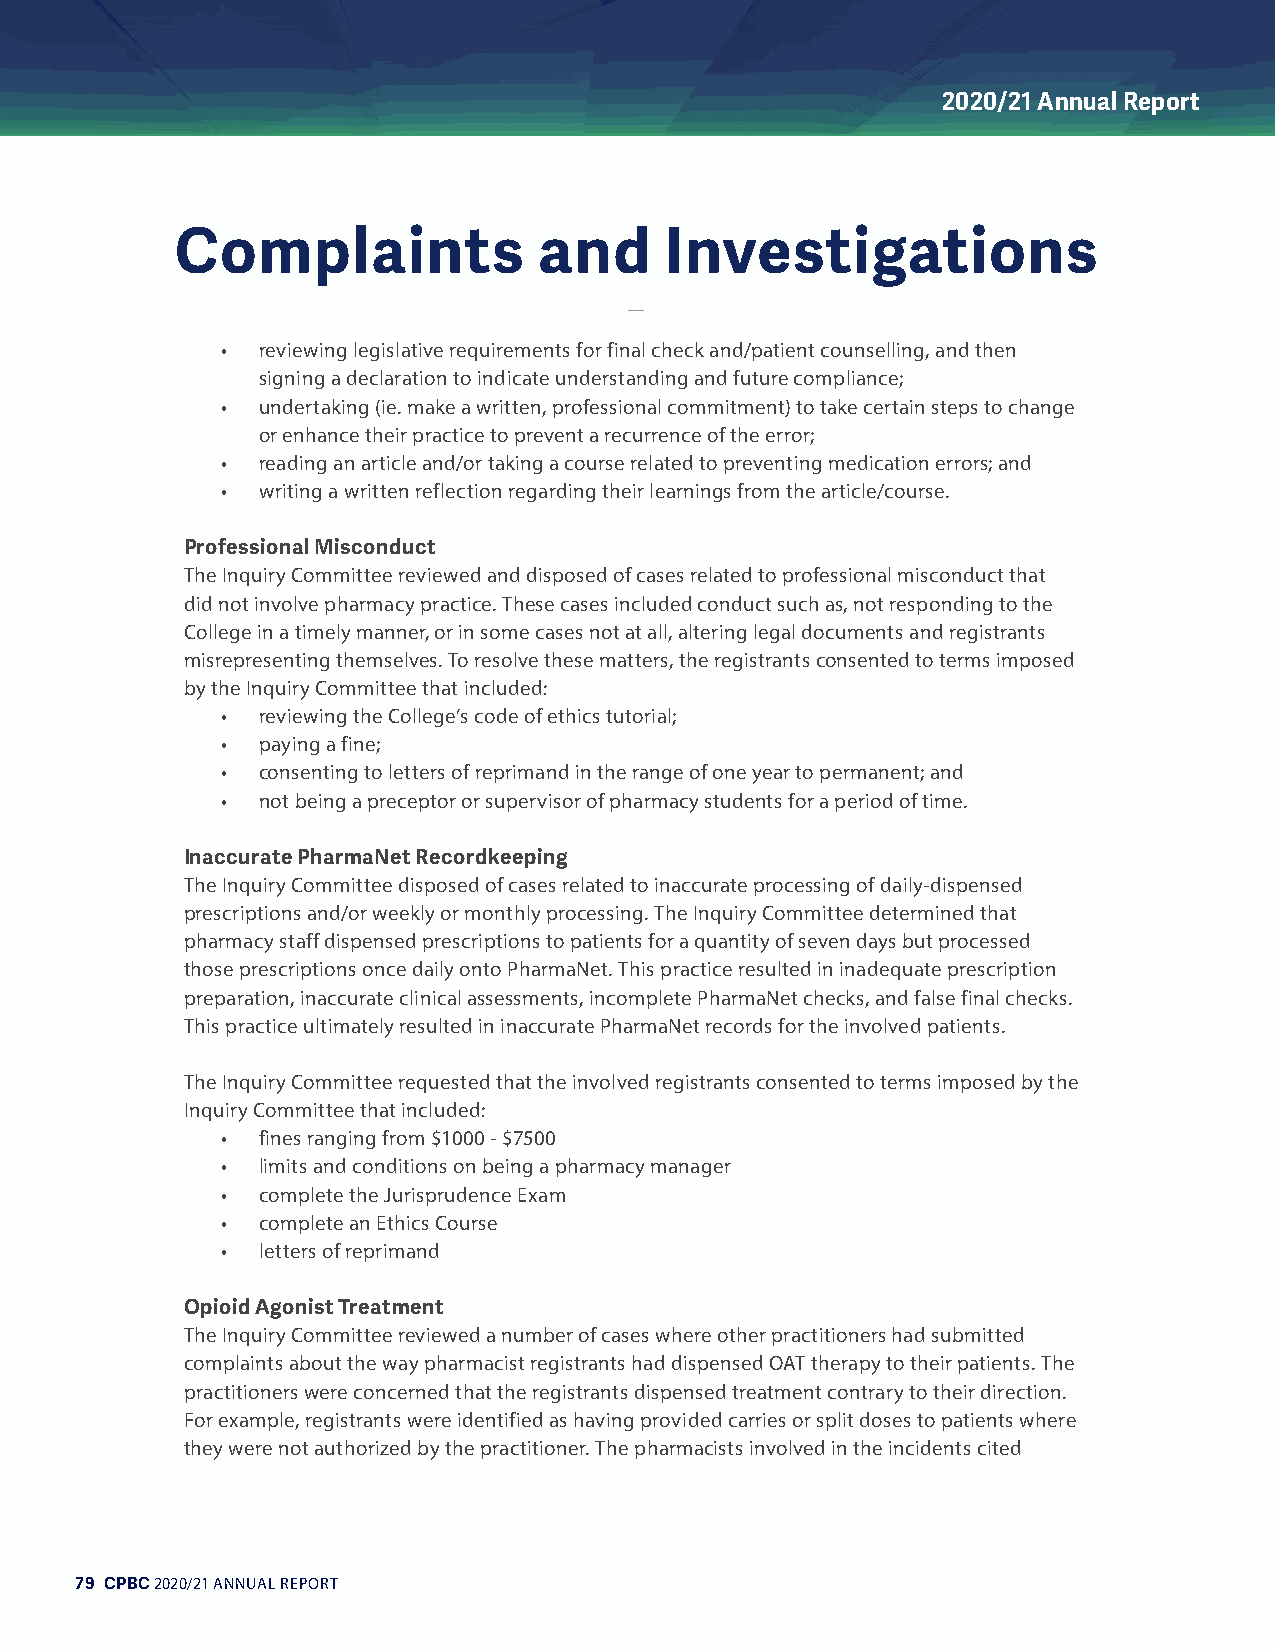
2020/21 Annual Report
 CCoommppllaaiinnttss    aanndd  IInnvveessttiiggaattiioonnss
 • reviewing legislative requirements for final check and/patient counselling, and then
 signing a declaration to indicate understanding and future compliance;
 • undertaking (ie. make a written, professional commitment) to take certain steps to change
 or enhance their practice to prevent a recurrence of the error;
 • reading an article and/or taking a course related to preventing medication errors; and
 • writing a written reflection regarding their learnings from the article/course.
 Professional Misconduct
 The Inquiry Committee reviewed and disposed of cases related to professional misconduct that
 did not involve pharmacy practice. These cases included conduct such as, not responding to the
 College in a timely manner, or in some cases not at all, altering legal documents and registrants
 misrepresenting themselves. To resolve these matters, the registrants consented to terms imposed
 by the Inquiry Committee that included:
 • reviewing the College’s code of ethics tutorial;
 • paying a fine;
 • consenting to letters of reprimand in the range of one year to permanent; and
 • not being a preceptor or supervisor of pharmacy students for a period of time.
 Inaccurate PharmaNet Recordkeeping
 The Inquiry Committee disposed of cases related to inaccurate processing of daily-dispensed
 prescriptions and/or weekly or monthly processing. The Inquiry Committee determined that
 pharmacy staff dispensed prescriptions to patients for a quantity of seven days but processed
 those prescriptions once daily onto PharmaNet. This practice resulted in inadequate prescription
 preparation, inaccurate clinical assessments, incomplete PharmaNet checks, and false final checks.
 This practice ultimately resulted in inaccurate PharmaNet records for the involved patients.
 The Inquiry Committee requested that the involved registrants consented to terms imposed by the
 Inquiry Committee that included:
 • fines ranging from $1000 - $7500
 • limits and conditions on being a pharmacy manager
 • complete the Jurisprudence Exam
 • complete an Ethics Course
 • letters of reprimand
 Opioid Agonist Treatment
 The Inquiry Committee reviewed a number of cases where other practitioners had submitted
 complaints about the way pharmacist registrants had dispensed OAT therapy to their patients. The
 practitioners were concerned that the registrants dispensed treatment contrary to their direction.
 For example, registrants were identified as having provided carries or split doses to patients where
 they were not authorized by the practitioner. The pharmacists involved in the incidents cited
 79 CPBC 2020/21 ANNUAL REPORT